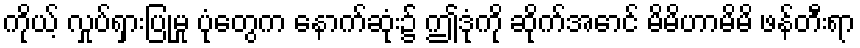
ကိုယ့် လှုပ်ရှားပြုမှု ပုံတွေက နောက်ဆုံး၌ ဤဒုံကို ဆိုက်အောင် မိမိဟာမိမိ ဖန်တီးရာ